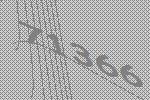
71366